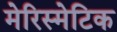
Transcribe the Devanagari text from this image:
मेरिस्मेटिक